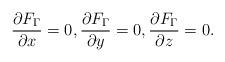
LaTeX: \begin{align*}\frac{\partial F_{\Gamma }}{\partial x} =0, \frac{\partial F_{\Gamma}}{\partial y} =0,\frac{\partial F_{\Gamma }}{\partial z} =0.\end{align*}